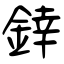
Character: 﨨